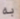
به